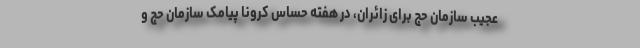
عجیب سازمان حج برای زائران، در هفته حساس کرونا پیامک سازمان حج و